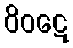
ဝိဝဋေ